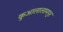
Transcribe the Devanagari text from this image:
कुआलालामपुर